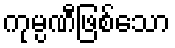
ကုမ္ပဏီဖြစ်သော